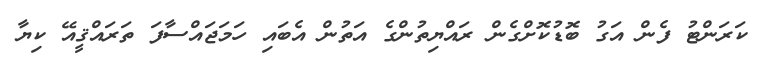
ކަރަންޓު ފެން އަގު ބޮޑުކޮށްގެން ރައްޔިތުންގެ އަތުން އެބައި ހަމަޖައްސާފަ ތަރައްޤީއޭ ކިޔާ